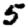
Digit: 5